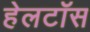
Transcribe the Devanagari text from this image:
हेलटॉस